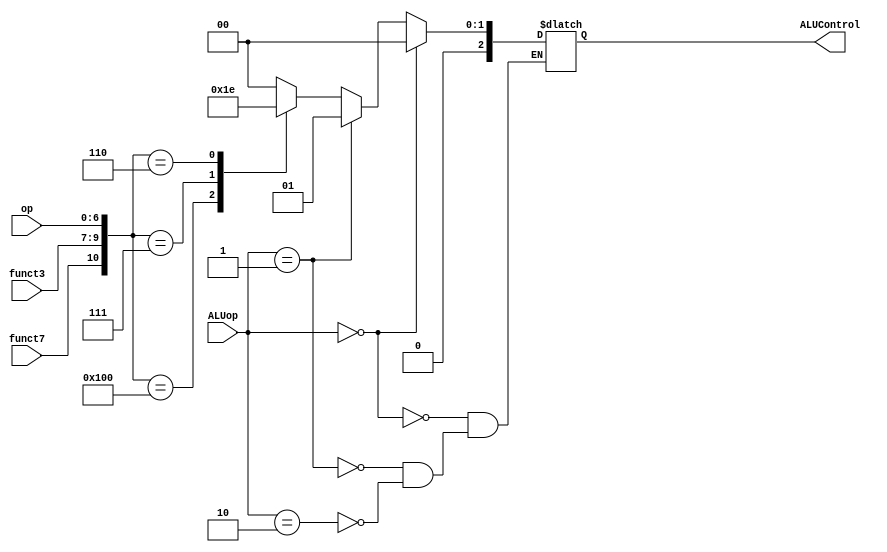

module ALUDecoder(
    input [6:0] op,
    input [2:0] funct3,
    input funct7,
    input [1:0] ALUop,
    output reg [2:0] ALUControl
);
    always @(*) begin
        if (ALUop == 2'b00) begin
            ALUControl <= 3'b000; // ADD
        end else if (ALUop == 2'b01) begin
            ALUControl <= 3'b001; // SUB
        end else if (ALUop == 2'b10) begin
            case({funct7, funct3, op})
                10'b0000000_000: ALUControl <= 3'b000;
                10'b0100000_000: ALUControl <= 3'b001;
                10'b0000000_111: ALUControl <= 3'b011;
                10'b0000000_110: ALUControl <= 3'b010;
                default: ALUControl <= 3'bxxx;
            endcase
        end
    end
endmodule